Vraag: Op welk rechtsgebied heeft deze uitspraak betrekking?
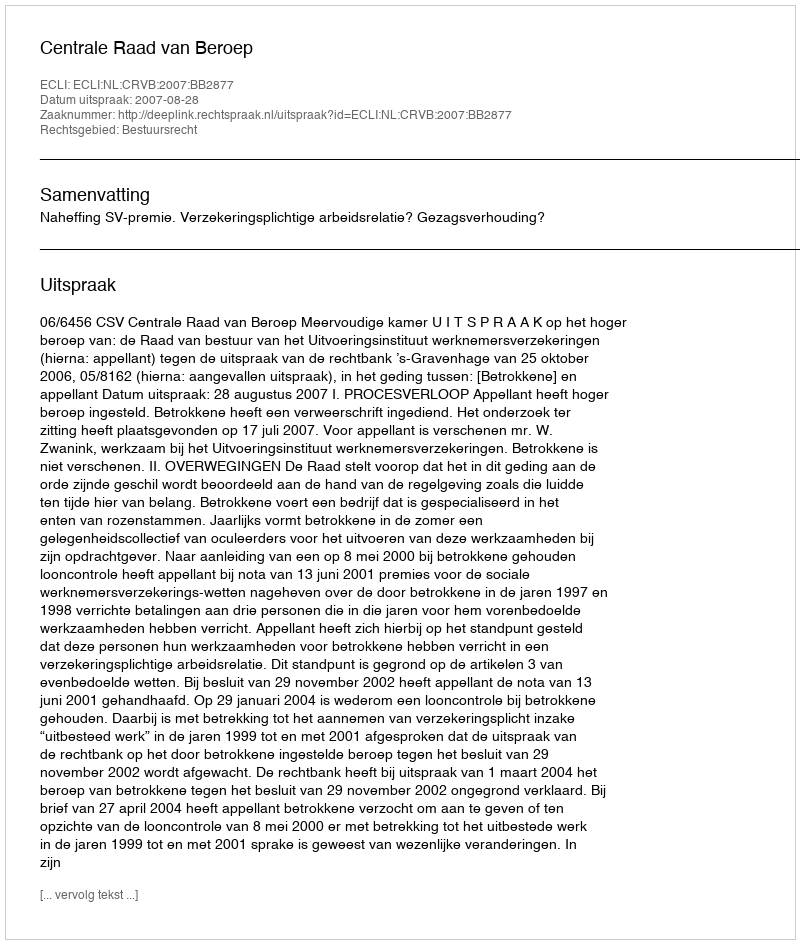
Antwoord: Bestuursrecht